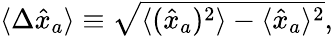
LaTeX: \begin{array}{r}{\langle\Delta\hat{x}_{a}\rangle\equiv\sqrt{\langle(\hat{x}_{a})^{2}\rangle-\langle\hat{x}_{a}\rangle^{2}},}\end{array}